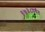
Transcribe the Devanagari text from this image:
१७३८पर्यंत